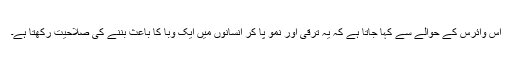
اس وائرس کے حوالے سے کہا جاتا ہے کہ یہ ترقی اور نمو پا کر انسانوں میں ایک وبا کا باعث بننے کی صلاحیت رکھتا ہے۔